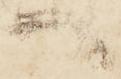
へ